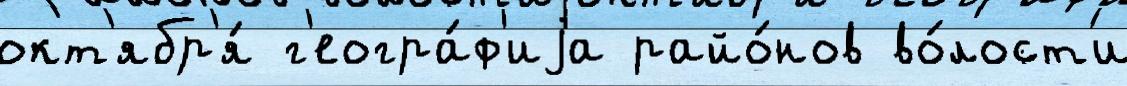
окт'ябр'я́ г'еогра́ф'иjа райо́нов во́лост'и